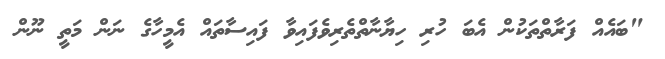
"ބައެއް ފަރާތްތަކުން އެބަ ހުރި ހިޔާނާތްތެރިވެފައިވާ ފައިސާތައް އެމީހާގެ ނަން މަތީ ނޫން